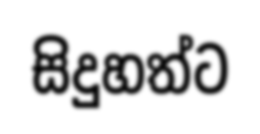
සිදුහත්ට